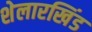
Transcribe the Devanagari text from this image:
शेलारखिंड